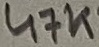
Text: 47K